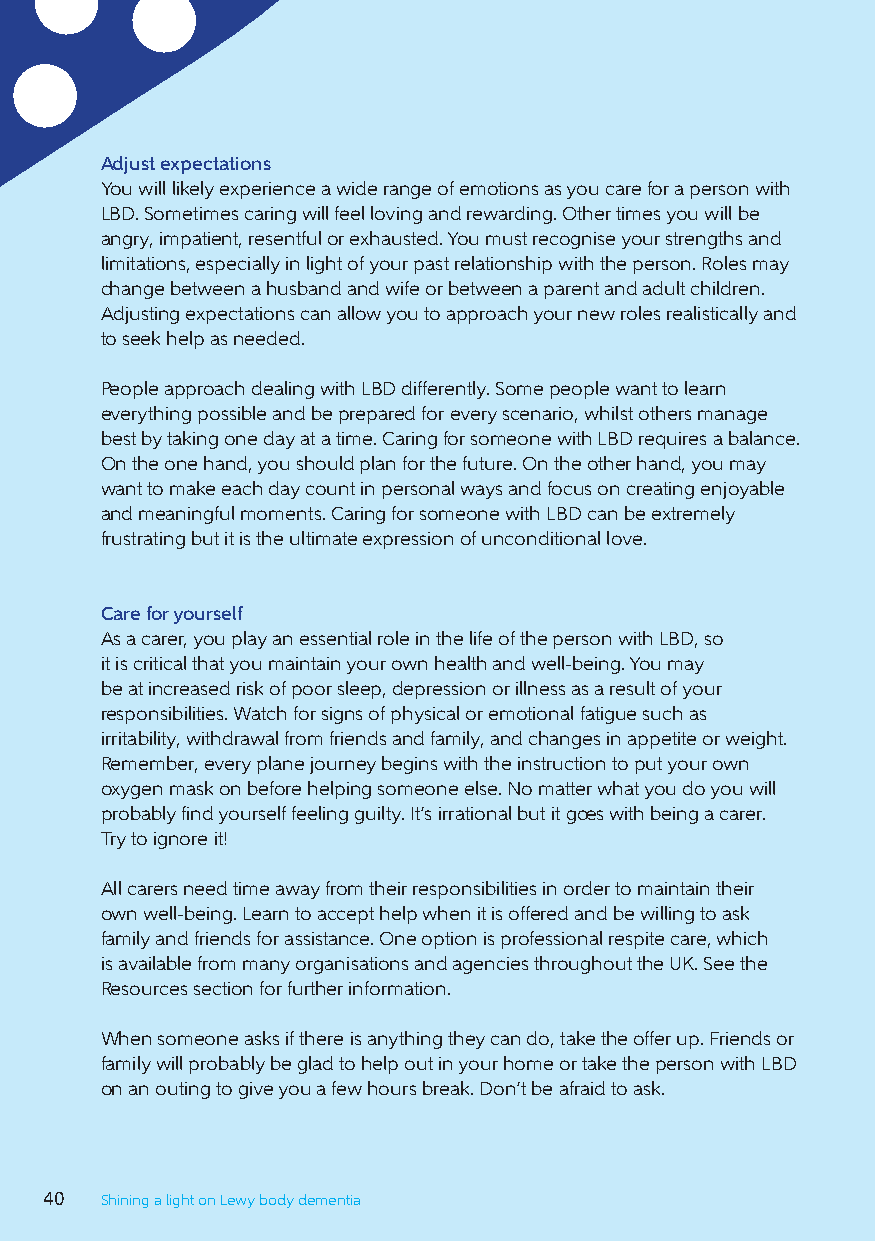
Adjust expectations
 You will likely experience a wide range of emotions as you care for a person with
 LBD. Sometimes caring will feel loving and rewarding. Other times you will be
 angry, impatient, resentful or exhausted. You must recognise your strengths and
 limitations, especially in light of your past relationship with the person. Roles may
 change between a husband and wife or between a parent and adult children.
 Adjusting expectations can allow you to approach your new roles realistically and
 to seek help as needed.
 People approach dealing with LBD differently. Some people want to learn
 everything possible and be prepared for every scenario, whilst others manage
 best by taking one day at a time. Caring for someone with LBD requires a balance.
 On the one hand, you should plan for the future. On the other hand, you may
 want to make each day count in personal ways and focus on creating enjoyable
 and meaningful moments. Caring for someone with LBD can be extremely
 frustrating but it is the ultimate expression of unconditional love.
 Care for yourself
 As a carer, you play an essential role in the life of the person with LBD, so
 it is critical that you maintain your own health and well-being. You may
 be at increased risk of poor sleep, depression or illness as a result of your
 responsibilities. Watch for signs of physical or emotional fatigue such as
 irritability, withdrawal from friends and family, and changes in appetite or weight.
 Remember, every plane journey begins with the instruction to put your own
 oxygen mask on before helping someone else. No matter what you do you will
 probably find yourself feeling guilty. It’s irrational but it goes with being a carer.
 Try to ignore it!
 All carers need time away from their responsibilities in order to maintain their
 own well-being. Learn to accept help when it is offered and be willing to ask
 family and friends for assistance. One option is professional respite care, which
 is available from many organisations and agencies throughout the UK. See the
 Resources section for further information.
 When someone asks if there is anything they can do, take the offer up. Friends or
 family will probably be glad to help out in your home or take the person with LBD
 on an outing to give you a few hours break. Don’t be afraid to ask.
 40  Shining a light on Lewy body dementia